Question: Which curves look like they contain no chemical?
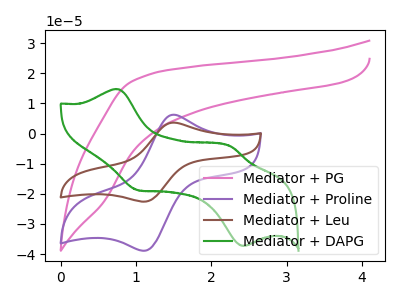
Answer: <think>The pink curve "Mediator + PG" has no peaks. The purple curve "Mediator + Proline" has an anodic peak at (1.50V, 6.25uA) and a cathodic peak at (1.10V, -38.90uA). The brown curve "Mediator + Leu" has an anodic peak at (1.50V, 3.65uA) and a cathodic peak at (1.10V, -22.60uA). The green curve "Mediator + DAPG" has anodic peaks at (0.75V, 14.80uA) (2.25V, -4.20uA) and cathodic peaks at (1.05V, -18.75uA) (2.45V, -37.30uA).</think>
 <answer>"Mediator + PG" is likely to be a blank.</answer>
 <eval>Mediator + PG</eval>